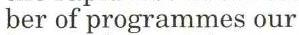
ber of programmes our